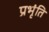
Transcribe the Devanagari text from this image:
प्रभृंति